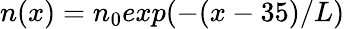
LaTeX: n(x)=n_{0}exp(-(x-35)/L)